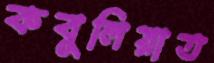
কবুলিয়াত